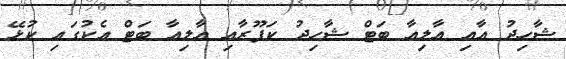
ޝާހިދު އާއި އާލިއާ ބަޓް ޝާހިދު ކަޕޫރާއި އާލިއާ ބަޓް އެކުގައި ކުޅޭ